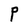
Character: P